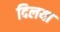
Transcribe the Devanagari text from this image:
दिलया